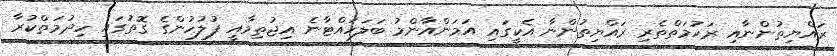
ރައްޔިތުންނާއި ރަހުމަތްތެރި ރައްޔިތުންނާ އެކީގައި އަމަންއާންމު ބަލަހައްޓާނެ އިޖުތިމާއީ ފުލުހުންގެ ގޮތުގައި ހިދުމަތްކުރާ